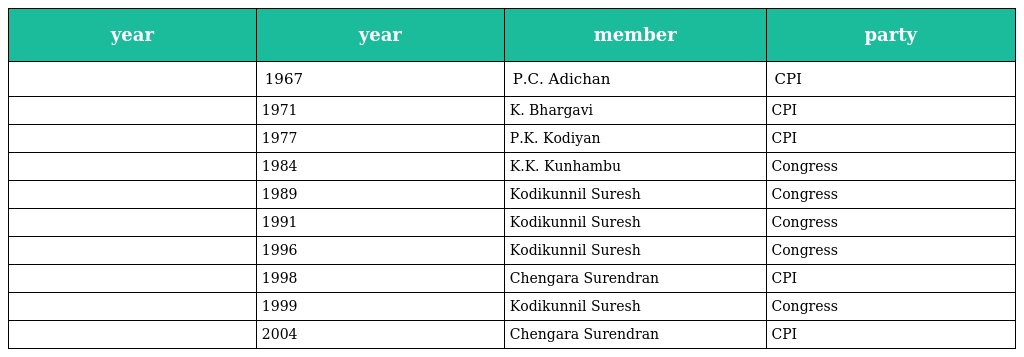
| year | year | member | party |
 | --- | --- | --- | --- |
 |  | 1967 | P.C. Adichan | CPI |
 |  | 1971 | K. Bhargavi | CPI |
 |  | 1977 | P.K. Kodiyan | CPI |
 |  | 1984 | K.K. Kunhambu | Congress |
 |  | 1989 | Kodikunnil Suresh | Congress |
 |  | 1991 | Kodikunnil Suresh | Congress |
 |  | 1996 | Kodikunnil Suresh | Congress |
 |  | 1998 | Chengara Surendran | CPI |
 |  | 1999 | Kodikunnil Suresh | Congress |
 |  | 2004 | Chengara Surendran | CPI |